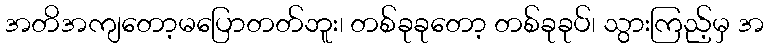
အတိအကျတော့မပြောတတ်ဘူး၊ တစ်ခုခုတော့ တစ်ခုခုပ်၊ သွားကြည့်မှ အ